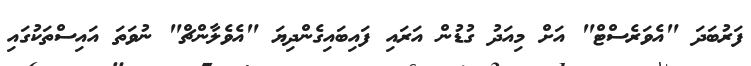
ފަރުބަދަ "އެވަރެސްޓް" އަށް މިއަދު ގުޑުން އަރައި ފައިބައިގެންދިޔަ "އެވެލާންޗް" ނުވަތަ އައިސްތަކުގައި